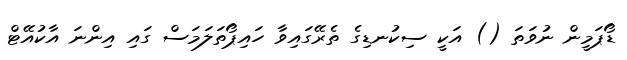
ޑޯޕަމީން ނުވަތަ () އަކީ ސިކުނޑިގެ ތެރޭގައިވާ ހައިޕޯތަލަމަސް ގައި އިންނަ އާކުއޭޓް